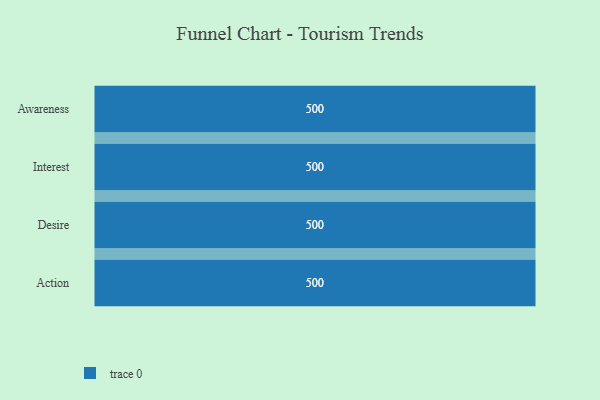
{"axis": {"x": "Stage", "y": "Value"}, "legend": [""], "data": [{"x": "Awareness", "y": 500, "type": ""}, {"x": "Interest", "y": 500, "type": ""}, {"x": "Desire", "y": 500, "type": ""}, {"x": "Action", "y": 500, "type": ""}]}